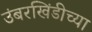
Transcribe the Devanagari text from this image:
उंबरखिंडीच्या